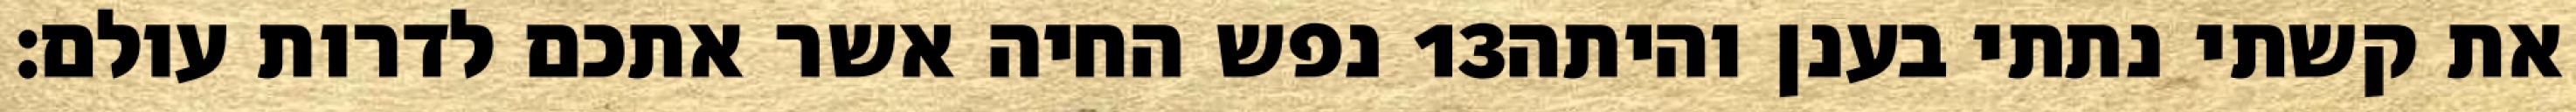
נפש החיה אשר אתכם לדרות עולם׃ ‎13‏ את קשתי נתתי בענן והיתה